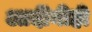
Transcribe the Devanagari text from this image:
आदींनीही